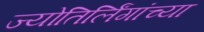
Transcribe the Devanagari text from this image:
ज्योतिर्लिंगांच्या